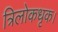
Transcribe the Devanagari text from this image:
त्रिलोकधृक।